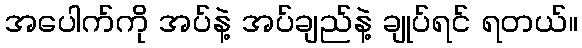
အပေါက်ကို အပ်နဲ့ အပ်ချည်နဲ့ ချုပ်ရင် ရတယ်။